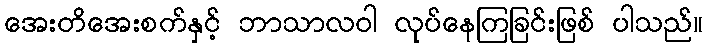
အေးတိအေးစက်နှင့် ဘာသာလဝါ လုပ်နေကြခြင်းဖြစ် ပါသည်။